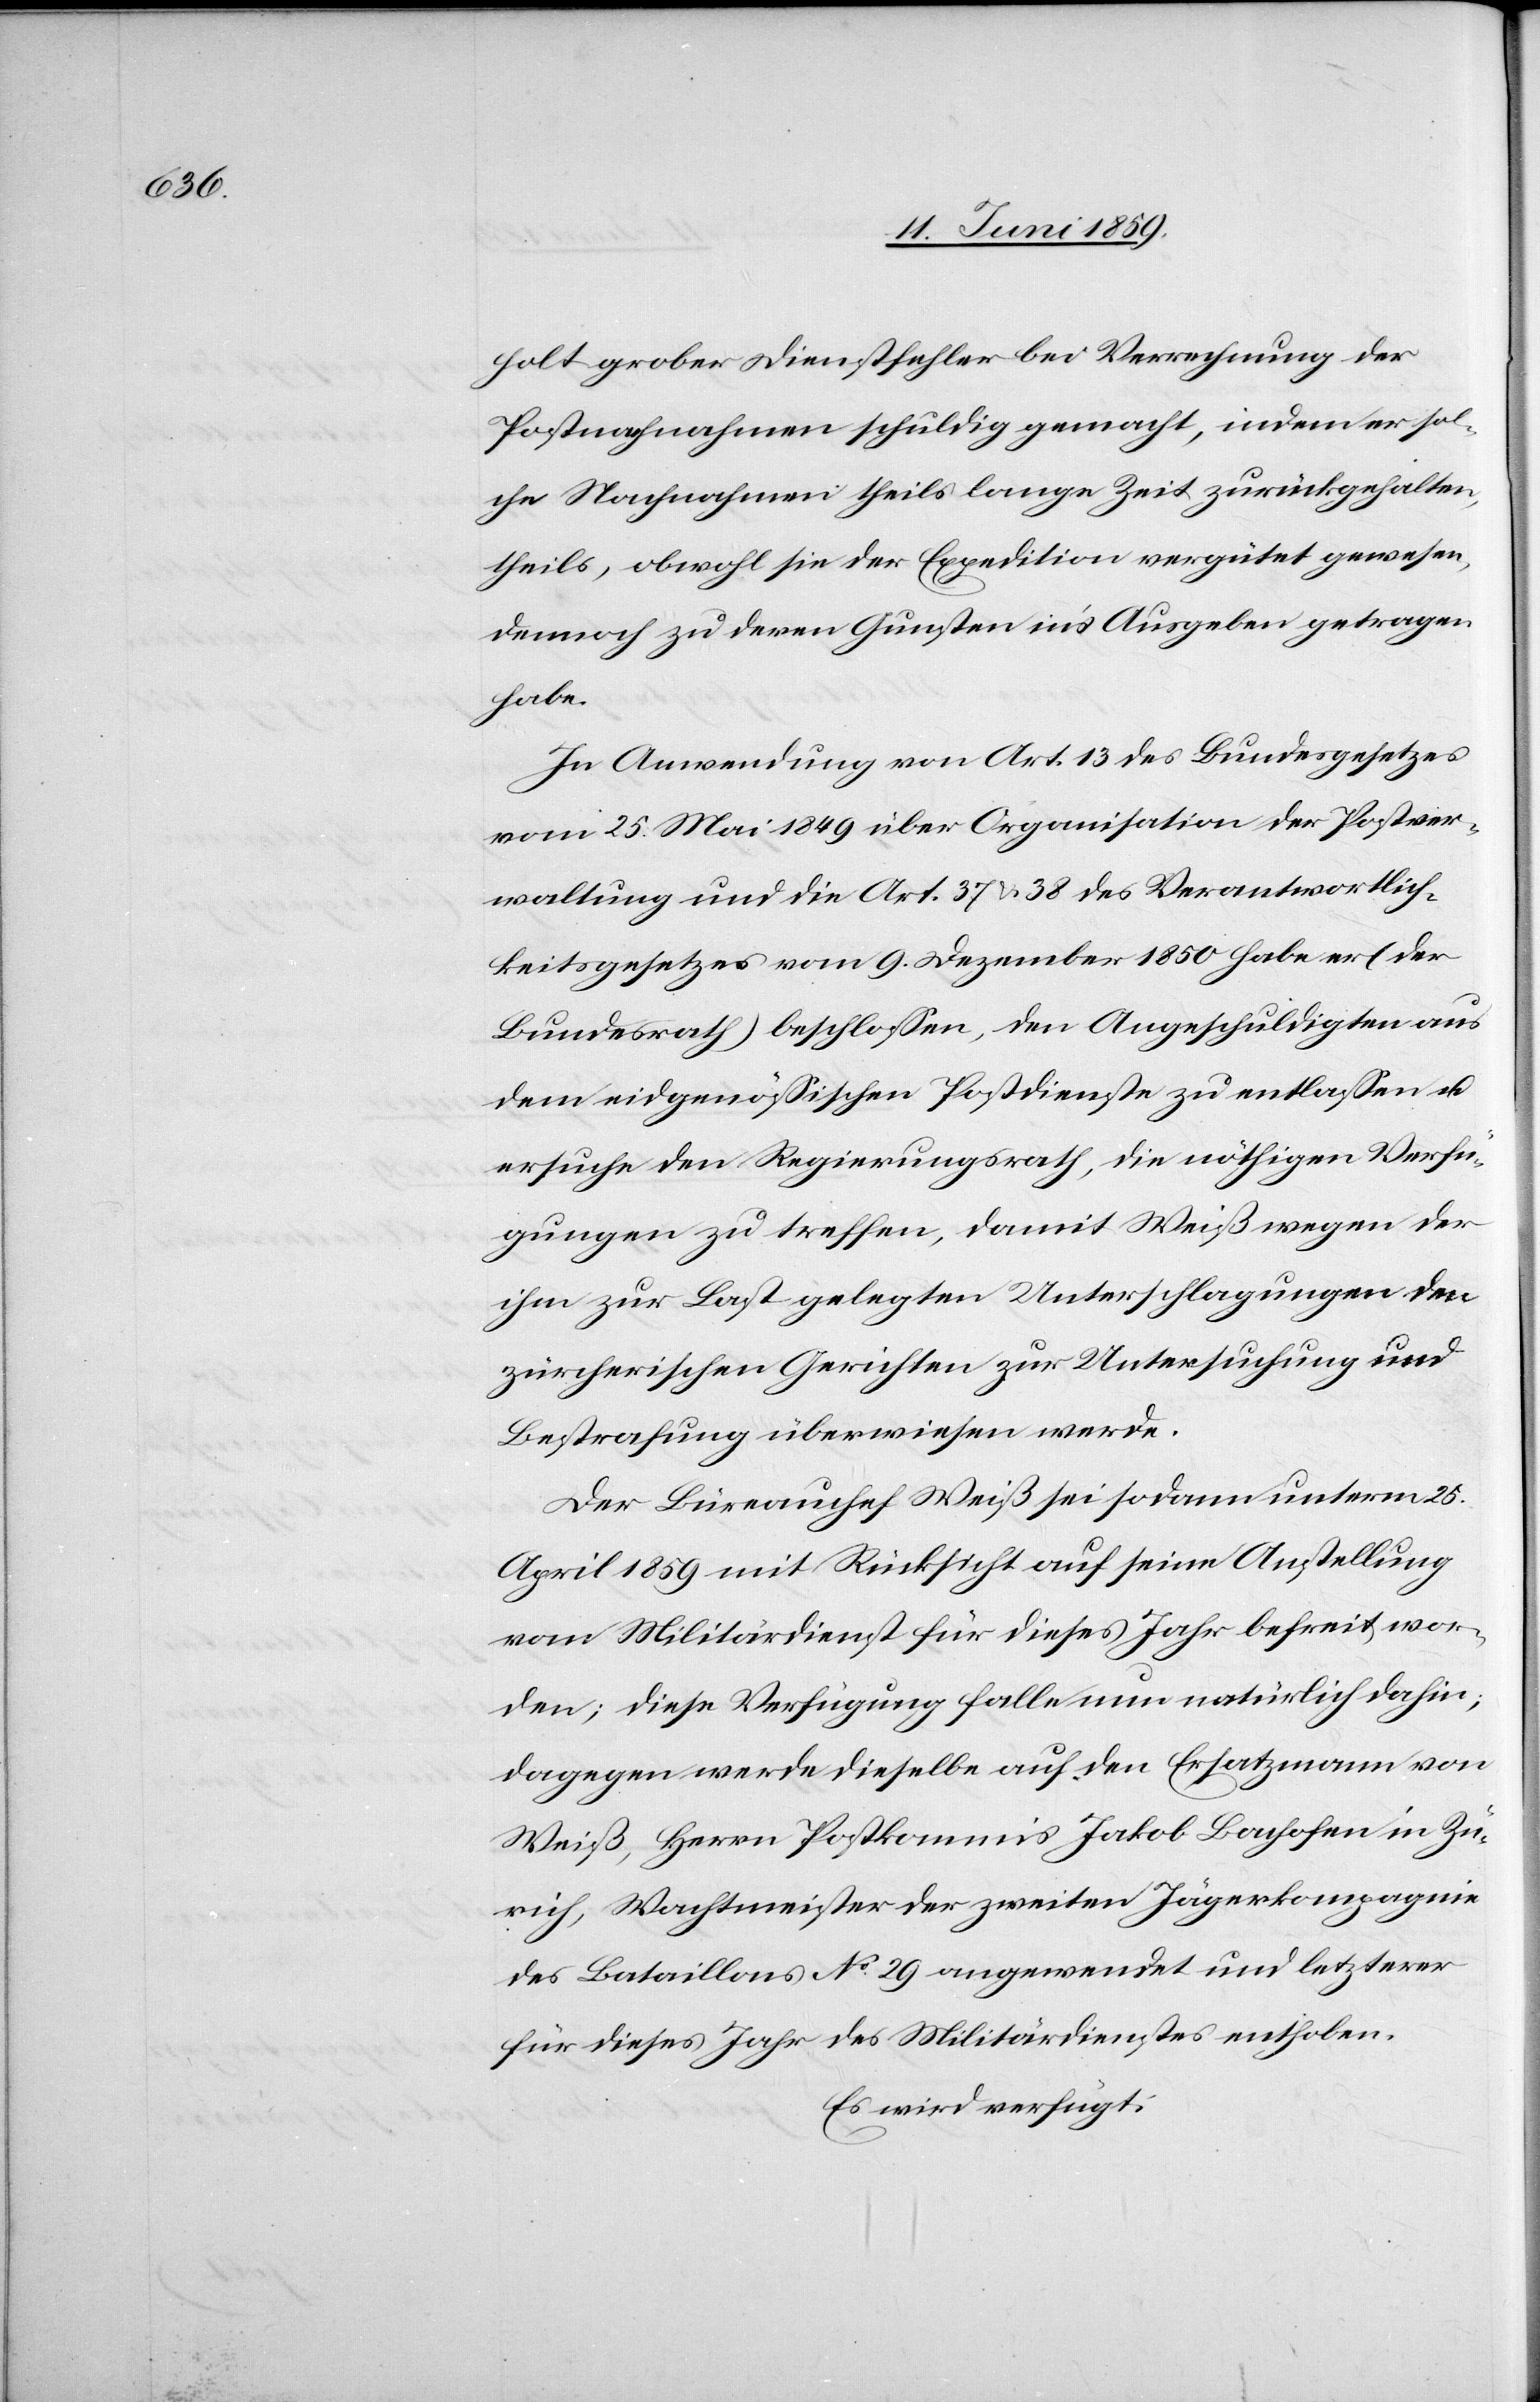
holt grober Dienstfehler bei Verrechnung der
Postnachnahmen schuldig gemacht, indem er sol¬
che Nachnahmen theils lange Zeit zurückgehalten,
theils, obwohl sie der Expedition vergütet gewesen,
dennoch zu deren Gunsten in's Ausgeben getragen
habe.
In Anwendung von Art. 13 des Bundesgesetzes
vom 25. Mai 1849 über Organisation der Postver¬
waltung und die Art. 37 u. 38 des Verantwortlich¬
keitsgesetzes vom 9. Dezember 1850 habe er (der
Bundesrath) beschlossen, den Angeschuldigten aus
dem eidgenössischen Postdienste zu entlassen u.
ersuche den Regierungsrath, die nöthigen Verfü¬
gungen zu treffen, damit Weiß wegen der
ihm zur Last gelegten Unterschlagungen den
zürcherischen Gerichten zu Untersuchung und
Bestrafung überwiesen werde.
Der Büreauchef Weiß sei sodann unterm 25.
April 1859 mit Rücksicht auf seine Anstellung
vom Militärdienst für dieses Jahr befreit wor¬
den; diese Verfügung falle nun natürlich dahin;
dagegen werde dieselbe auf den Ersatzmann von
Weiß, Herrn Postkommis Jakob Bachofen in Zü¬
rich, Wachtmeister der zweiten Jägerkompagnie
des Bataillons No 29 angewendet und letzterer
für dieses Jahr des Militärdienstes enthoben.
Es wird verfügt: